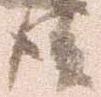
後